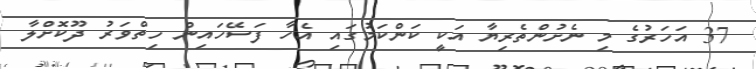
37 އަހަރުގެ މި ނެށުންތެރިޔާ އަކީ ކަންކަމުގައި އެހާ ފަސޭހައިން ހިތްވަރު ދޫކޮށްލާ